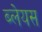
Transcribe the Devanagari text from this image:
ब्लेयस